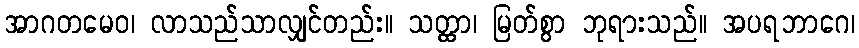
အာဂတမေဝ၊ လာသည်သာလျှင်တည်း။ သတ္ထာ၊ မြတ်စွာ ဘုရားသည်။ အပရဘာဂေ၊